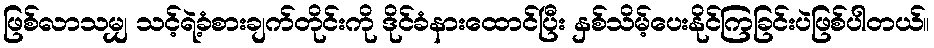
ဖြစ်လာသမျှ သင့်ရဲ့ခံစားချက်တိုင်းကို ဒိုင်ခံနားထောင်ပြီး နှစ်သိမ့်ပေးနိုင်ကြခြင်းပဲဖြစ်ပါတယ်။